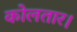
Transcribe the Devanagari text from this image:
कोलतार।